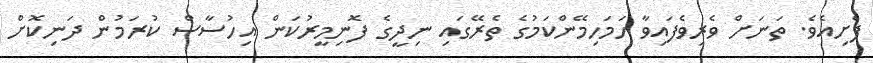
ފެށިއެވެ. ތަނަށް ވެރިވެފައިވާ ހަމަހިމޭންކަމުގެ ތެރޭގައި ނިދީގެ ފޮނިމީރުކަން އިހުސާސް ކުރަމުން ދަނިކޮށް